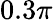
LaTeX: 0.3\pi